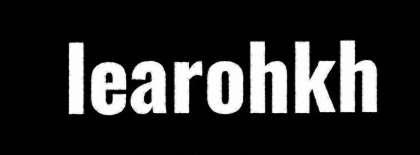
learohkh